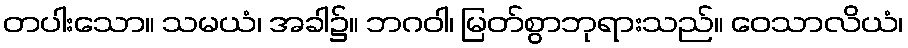
တပါးသော။ သမယံ၊ အခါ၌။ ဘဂဝါ၊ မြတ်စွာဘုရားသည်။ ဝေသာလိယံ၊